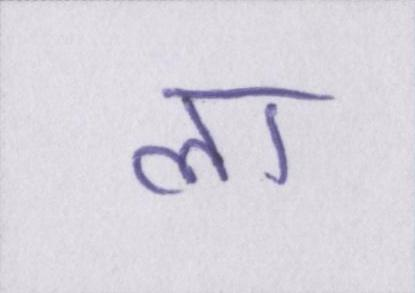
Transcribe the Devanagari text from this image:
ला